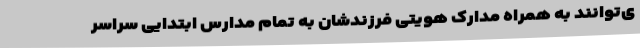
ی‌توانند به همراه مدارک هویتی فرزندشان به تمام مدارس ابتدایی سراسر